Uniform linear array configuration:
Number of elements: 32
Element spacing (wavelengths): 0.25
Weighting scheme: blackman
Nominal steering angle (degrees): -15
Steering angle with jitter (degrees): -16.495
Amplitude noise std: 0.05
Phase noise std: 0.05

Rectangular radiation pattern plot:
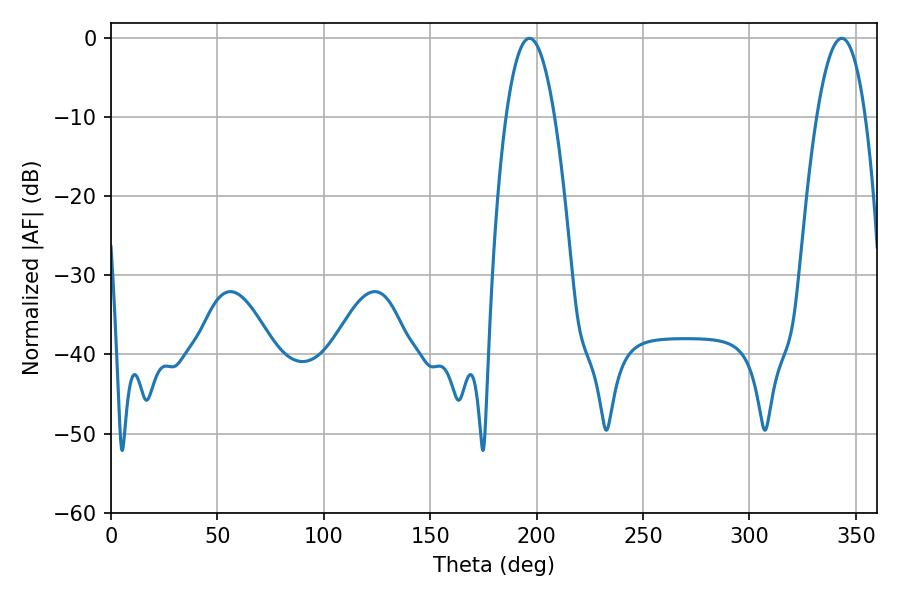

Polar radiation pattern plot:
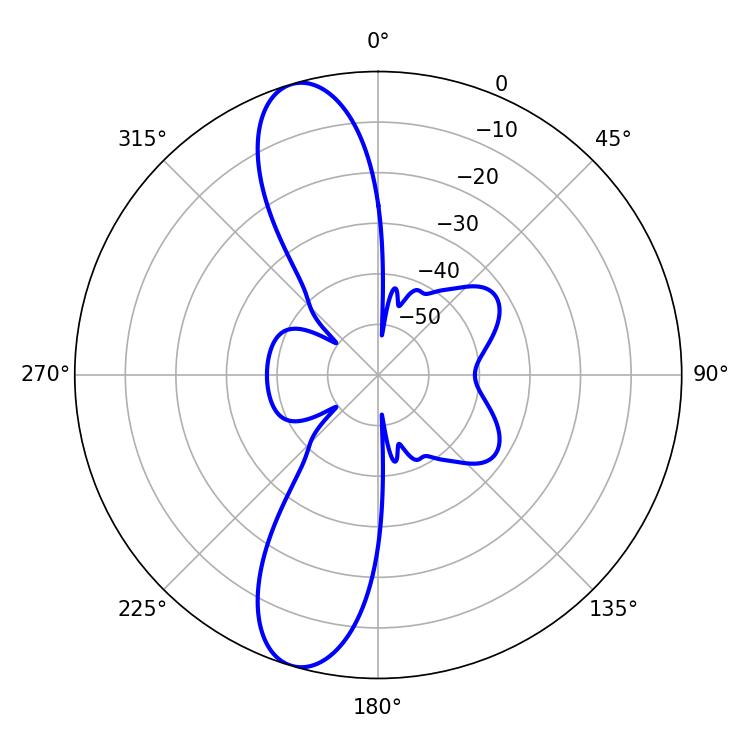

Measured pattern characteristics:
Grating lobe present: FALSE
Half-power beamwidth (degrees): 12.6
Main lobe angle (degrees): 196.56